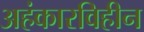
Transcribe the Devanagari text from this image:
अहंकारविहीन